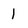
Character: l